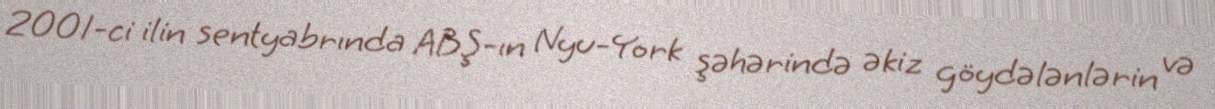
2001-ci ilin sentyabrında ABŞ-ın Nyu-York şəhərində əkiz göydələnlərin və